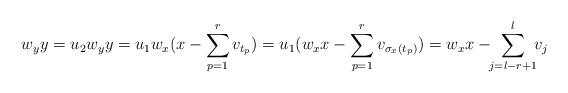
LaTeX: \begin{align*}w_{y}y=u_{2}w_{y}y=u_{1}w_{x}(x-\sum_{p=1}^{r}v_{t_{p}})=u_{1}(w_{x}x-\sum_{p=1}^{r}v_{\sigma_{x}(t_{p})})=w_{x}x-\!\!\sum_{j=l-r+1}^{l}\!\!v_{j} \end{align*}